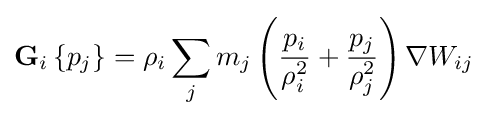
\operatorname {\mathbf {G} } _{i}\left\{p_{j}\right\}=\rho _{i}\sum _{j}m_{j}\left({\frac {p_{i}}{\rho _{i}^{2}}}+{\frac {p_{j}}{\rho _{j}^{2}}}\right)\nabla W_{ij}